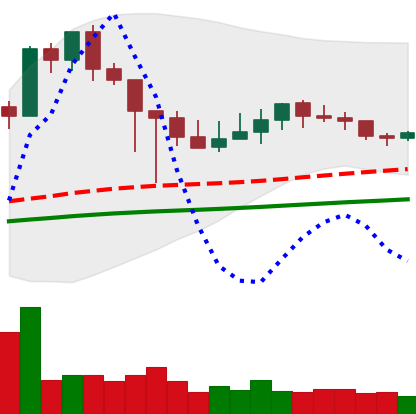
Ticker: XMR-USD
Chart end date: 2021-03-07
Forward return: 7.048%
Label: up_7plus